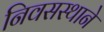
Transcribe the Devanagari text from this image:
निवसस्थाने